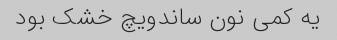
یه کمی نون ساندویچ خشک بود